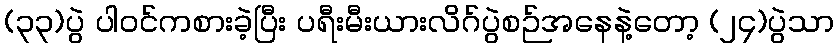
(၃၃)ပွဲ ပါဝင်ကစားခဲ့ပြီး ပရီးမီးယားလိဂ်ပွဲစဉ်အနေနဲ့တော့ (၂၄)ပွဲသာ